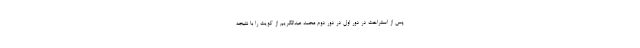
پس از استراحت در دور اول در دور دوم محمد عبدالکریم از کویت را با نتیجه